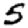
Digit: 5